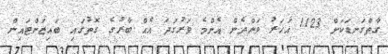
ގާތްގަނޑަކަށް 1123 އަހަރު ވަންދެން އެންމެ ވަރުގަދަ އެއް ބާރުގެ ގޮތުގައި ބައިޒަންޓައިން